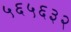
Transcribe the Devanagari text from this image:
५६५६३२